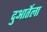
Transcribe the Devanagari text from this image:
दुआर्तेला